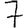
Digit: 7